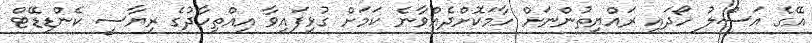
އޭގެ އަސްލު ހޯދައި ރައްޔިތުންނަށް ހާމަކޮށްދެއްވާނެ ކަމަށް ގުޅިފައިވާ އިއްތިހާދުގެ ރިޔާސީ ކެންޑިޑޭޓް